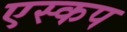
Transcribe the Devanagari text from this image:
एस्कप